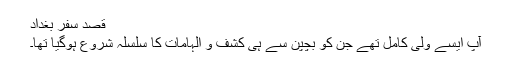
قصد سفر بغداد
آپ ایسے ولی کامل تھے جن کو بچپن سے ہی کشف و الہامات کا سلسلہ شروع ہوگیا تھا۔